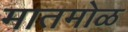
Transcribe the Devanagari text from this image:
मातमोळ